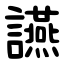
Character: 讌